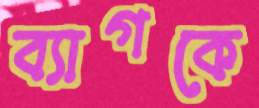
ব্যাগকে